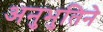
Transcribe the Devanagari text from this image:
अनुभुतिने